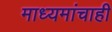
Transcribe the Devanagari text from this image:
माध्यमांचाही